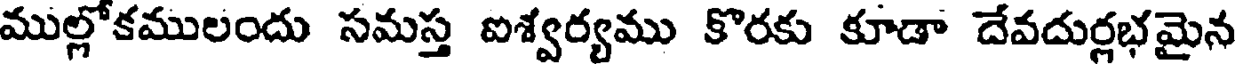
ముల్లోకములందు సమస్త ఐశ్వర్యము కొరకు కూడా దేవదుర్లభమైన